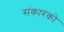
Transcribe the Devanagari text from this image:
संकारको